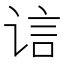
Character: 𲂍